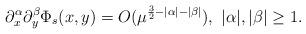
LaTeX: \begin{align*} \partial_x^\alpha \partial_y^\beta \Phi_s(x,y)=O(\mu^{\frac32-|\alpha|-|\beta|}), \ |\alpha|, |\beta|\ge 1. \end{align*}